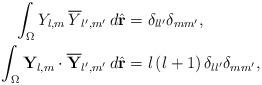
LaTeX: \begin{align*}\begin{aligned}\int_\Omega Y_{l,m}\,\overline{Y}_{l^{\prime},m^{\prime}}\,d\hat{\mathbf{r}}&=\delta_{ll^{\prime}}\delta_{mm^{\prime}}, \\ \int_\Omega\mathbf{Y}_{l,m}\cdot\overline{\mathbf{Y}}_{l^{\prime},m^{\prime}}\,d\hat{\mathbf{r}}&=l\left(l+1\right)\delta_{ll^{\prime}}\delta_{mm^{\prime}}, \end{aligned}\end{align*}